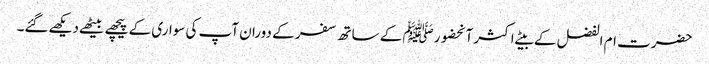
حضرت ام الفضل کے بیٹے اکثر آنحضورﷺ کے ساتھ سفر کے دوران آپ کی سواری کے پیچھے بیٹھےدیکھےگئے۔